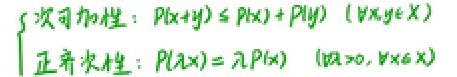
\begin{cases}
\text{次可加性：}\( P(x + y) \leq P(x)+P(y) \quad (\forall x,y\in X) \)\\
\text{正齐次性：}\( P(\lambda x)=\lambda P(x) \quad (\forall\lambda > 0,\forall x\in X)\)\\
\end{cases}